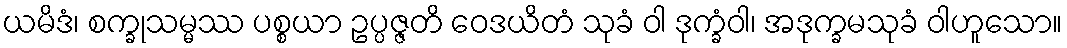
ယမိဒံ၊ စက္ခုသမ္မဿ ပစ္စယာ ဥပ္ပဇ္ဇတိ ဝေဒယိတံ သုခံ ဝါ ဒုက္ခံဝါ၊ အဒုက္ခမသုခံ ဝါဟူသော။